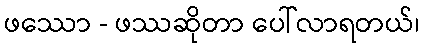
ဖဿော - ဖဿဆိုတာ ပေါ်လာရတယ်၊